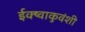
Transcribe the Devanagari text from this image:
ईक्ष्वाकुवंशी